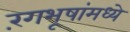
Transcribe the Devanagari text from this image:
रंगभूषांमध्ये